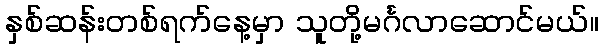
နှစ်ဆန်းတစ်ရက်နေ့မှာ သူတို့မင်္ဂလာဆောင်မယ်။